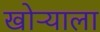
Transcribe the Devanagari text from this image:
खोऱ्याला